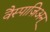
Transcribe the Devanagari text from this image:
वैस्पाज़िअन्